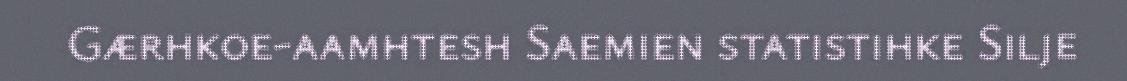
Gærhkoe-aamhtesh Saemien statistihke Silje